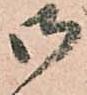
御